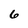
Character: 6